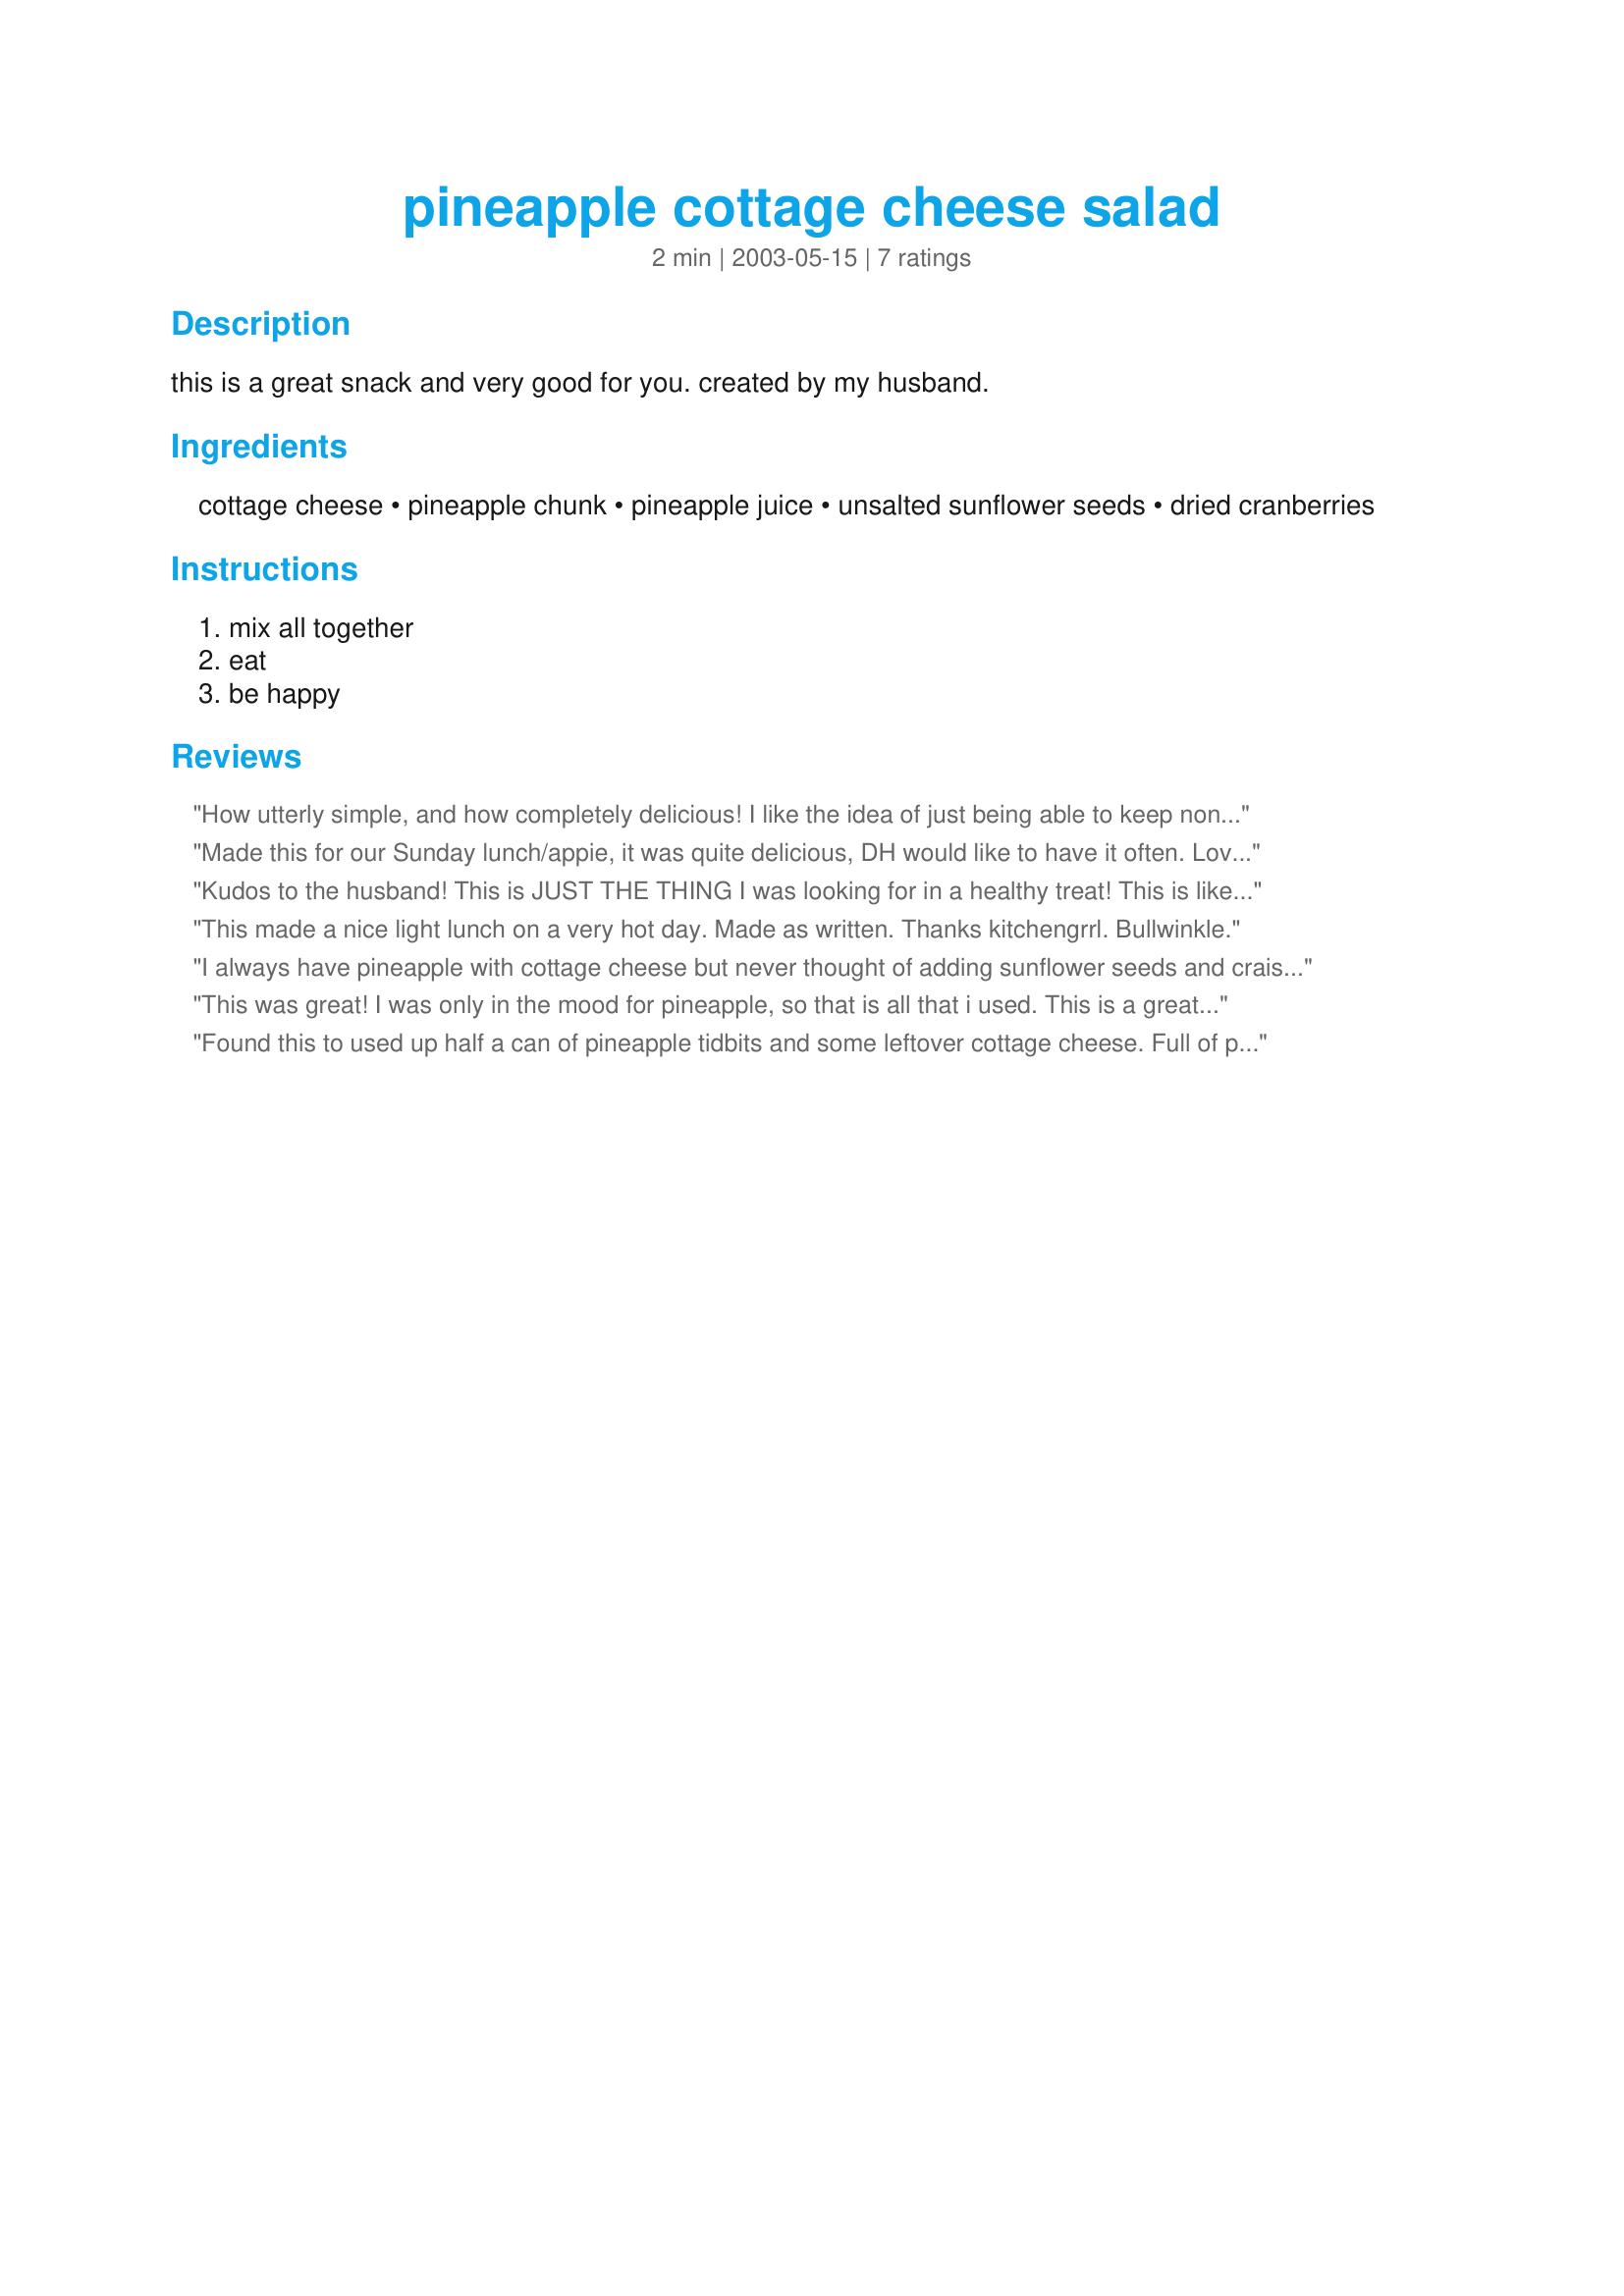
pineapple cottage cheese salad
Preparation time: 2 minutes

this is a great snack and very good for you. created by my husband.

Ingredients:
cottage cheese, pineapple chunk, pineapple juice, unsalted sunflower seeds, dried cranberries

Steps:
mix all together, eat, be happy

Reviews:
How utterly simple, and how completely delicious! I like the idea of just being able to keep nonfat cottage cheese in the fridge and doctor it any way I want, rather than buying cottage cheese with pineapple. So even though this seems obvious, it never occurred to me to do this ... thanks so much for posting it!
Made this for our Sunday lunch/appie, it was quite delicious, DH would like to have it often. Lovely combination of textures and flavours. I will be making it often, it will be nice especially on a hot summer day for a light lunch. Thanks for posting. sept 24/09 I do make this on a regular basis, it does make a nice light lunch, I had a lovely fresh pinapple this time, great fresh taste !! did some new photos this time.
Kudos to the husband! This is JUST THE THING I was looking for in a healthy treat! This is like a trail mix/mueslix treat in a bowl instead of a bar! I love it and this one recipe filled me up! It'll be perfect to take to work as a snack.
This made a nice light lunch on a very hot day. Made as written.

Thanks kitchengrrl. 

Bullwinkle.
I always have pineapple with cottage cheese but never thought of adding sunflower seeds and craisins. I was really surprised how well the sunflower seeds tasted mixed in! I used roasted salted. This recipe is a keeper! Thanks for sharing!
This was great! I was only in the mood for pineapple, so that is all that i used. This is a great snack to have before lunch or before you go to bed.
Thanks for the recipe kichtengrrl!
Found this to used up half a can of pineapple tidbits and some leftover cottage cheese. Full of protein and fruit! It served two of us for dessert last night - I didn't have sunflower seeds, but it was great without!
